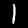
Label: 1